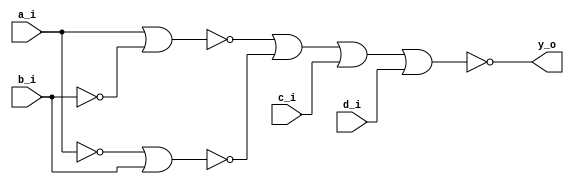
//--------------------------------------------------------------------------------
// Dependencies : 
// Description  : 4-bit number divisible by 3 & 4 using NOR NOR Implementation
//--------------------------------------------------------------------------------

module divisible_by_3_and_4(
  input  a_i, // Bit 3
  input  b_i, // Bit 2
  input  c_i, // Bit 1
  input  d_i, // Bit 0
  output y_o  // Output
);
  
  wire a_b, b_b; // Complemented Inputs
  wire [1:0] y; // Partial outputs
  
  // Combinational Logic
  // Inverted Inputs
  nor nor_0(a_b, a_i, a_i);
  nor nor_1(b_b, b_i, b_i);
  
  // Intermediate Logic
  nor nor_2(y[0], a_i, b_b);
  nor nor_3(y[1], a_b, b_i);
  
  // Final output
  nor nor_4(y_o, y[0], y[1], c_i, d_i);
  
endmodule